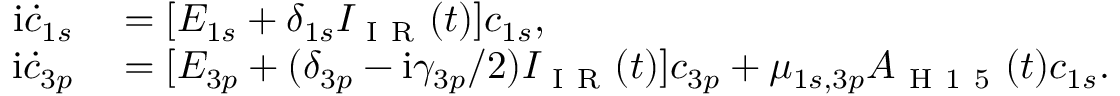
\begin{array} { r l } { \mathrm i \dot { c } _ { 1 s } } & { { } = [ E _ { 1 s } + \delta _ { 1 s } I _ { \mathrm { ~ I ~ R ~ } } ( t ) ] c _ { 1 s } , } \\ { \mathrm i \dot { c } _ { 3 p } } & { { } = [ E _ { 3 p } + ( \delta _ { 3 p } - \mathrm i \gamma _ { 3 p } / 2 ) I _ { \mathrm { ~ I ~ R ~ } } ( t ) ] c _ { 3 p } + \mu _ { 1 s , 3 p } A _ { \mathrm { ~ H ~ 1 ~ 5 ~ } } ( t ) c _ { 1 s } . } \end{array}